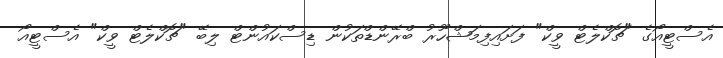
އެސްޓީއޯގެ "ޗޮކްލެޓް ވީކް" ފަށައިފިމަޝްހޫރު ބްރޭންޑްތަކުން ޑިސްކައުންޓް ލިބޭ "ޗޮކްލެޓް ވީކް" އެސްޓީއޯ